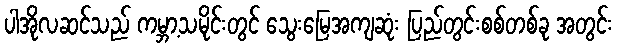
ပါအိုလဆင်သည် ကမ္ဘာ့သမိုင်းတွင် သွေးမြေအကျဆုံး ပြည်တွင်းစစ်တစ်ခု အတွင်း